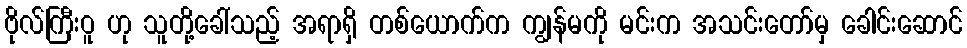
ဗိုလ်ကြီးဝူ ဟု သူတို့ခေါ်သည့် အရာရှိ တစ်ယောက်က ကျွန်မကို မင်းက အသင်းတော်မှ ခေါင်းဆောင်